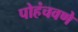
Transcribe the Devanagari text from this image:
पोहंचवणे